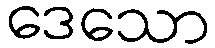
ဒေသော